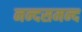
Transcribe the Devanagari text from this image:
नन्‍दसमन्‍द